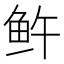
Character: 𬶉